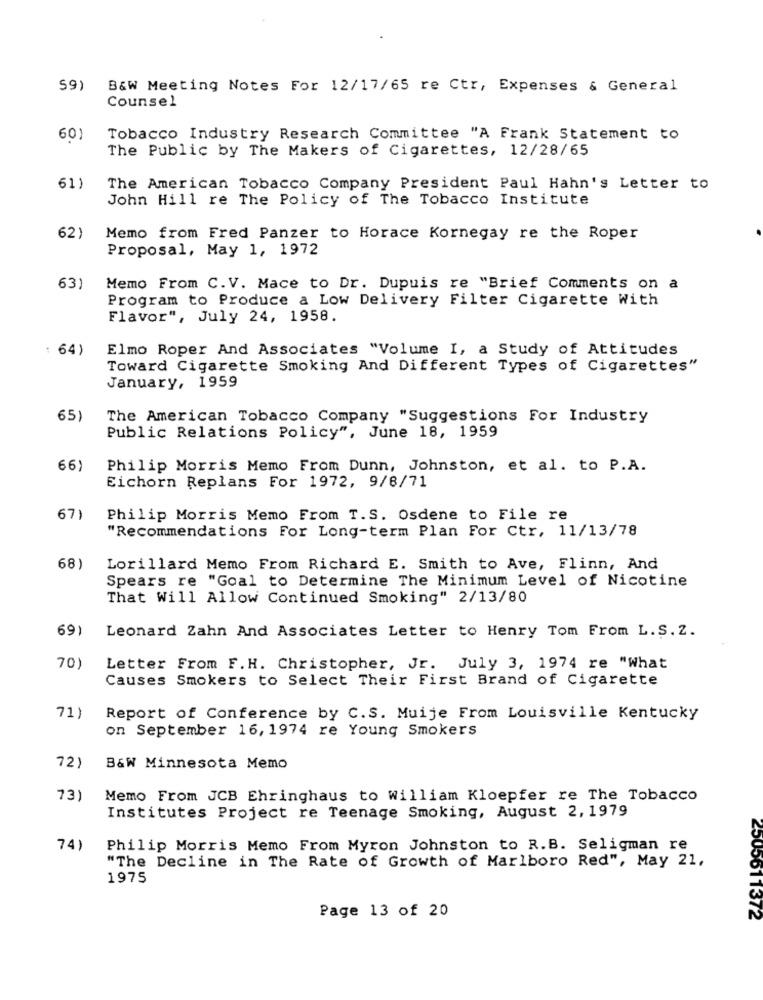
591
B&W Meeting Notes For 12/17/65 re Ctr, Expenses & General
Counsel
60
Tobacco Industry Research Committee "A Frank Statement to
The Public by The Makers of Cigarettes, 12/28/65
61)
The American Tobacco Company President Paul Hahn's Letter to
John Hill re The Policy of The Tobacco Institute
62)
Memo from Fred Panzer to Horace Kornegay re the Roper
Proposal, May 1, 1972
63)
Memo From C.V. Mace to Dr. Dupuis re "Brief Comments on a
Program to Produce a Low Delivery Filter Cigarette With
Flavor", July 24, 1958.
: 64)
Elmo Roper And Associates "Volume I, a Study of Attitudes
Toward Cigarette Smoking And Different Types of Cigarettes"
January, 1959
65
The American Tobacco Company "Suggestions For Industry
Public Relations Policy", June 18, 1959
66)
Philip Morris Memo From Dunn, Johnston, et al. to P.A.
Eichorn Replans For 1972, 9/8/71
67)
Philip Morris Memo From T. S. Osdene to File re
"Recommendations For Long-term Plan For Ctr, 11/13/78
68)
Lorillard Memo From Richard E. Smith to Ave, Flinn, And
Spears re "Goal to Determine The Minimum Level of Nicotine
That Will Allow Continued Smoking" 2/13/80
69)
Leonard Zahn And Associates Letter to Henry Tom From L. S. 2.
70)
Letter From F. H. Christopher, Jr. July 3, 1974 re "What
Causes Smokers to Select Their First Brand of Cigarette
71)
Report of Conference by C.S. Muije From Louisville Kentucky
on September 16, 1974 re Young Smokers
72)
B&W Minnesota Memo
73)
Memo From JCB Ehringhaus to william Kloepfer re The Tobacco
Institutes Project re Teenage Smoking, August 2, 1979
74)
Philip Morris Memo From Myron Johnston to R.B. Seligman re
"The Decline in The Rate of Growth of Marlboro Red", May 21,
1975
Page 13 of 20
2505611372